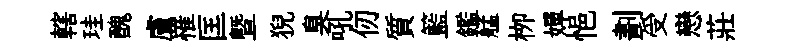
轄珪醜膚罹匡暨猊臭吼仞質籃鑑艋栁嬋悒劃受戀莊